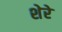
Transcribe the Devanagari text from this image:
शेरेे